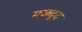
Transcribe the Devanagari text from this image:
मजदूद